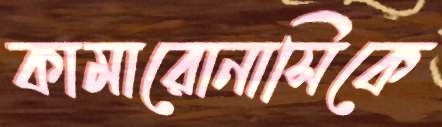
কামারোনাসিকে